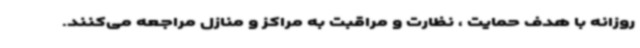
روزانه با هدف حمایت ، نظارت و مراقبت به مراکز و منازل مراجعه می‌کنند.